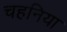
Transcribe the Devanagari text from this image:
चहनिया